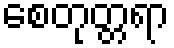
စေတုတ္တရာ